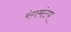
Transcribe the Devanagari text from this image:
रंगमंटप